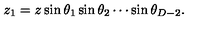
z _ { 1 } = z \sin \theta _ { 1 } \sin \theta _ { 2 } \cdots \sin \theta _ { D - 2 } .